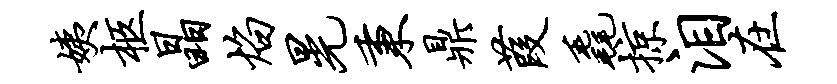
姨柩晶焰晃秉鼎葭毳掠泪在